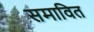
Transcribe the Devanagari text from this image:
समावित